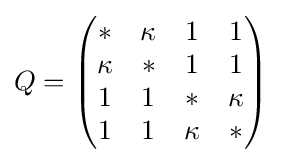
Q={\begin{pmatrix}{*}&{\kappa }&{1}&{1}\\{\kappa }&{*}&{1}&{1}\\{1}&{1}&{*}&{\kappa }\\{1}&{1}&{\kappa }&{*}\end{pmatrix}}